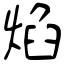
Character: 焰